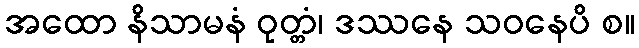
အထော နိသာမနံ ဝုတ္တံ၊ ဒဿနေ သဝနေပိ စ။